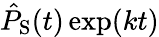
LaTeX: \hat{P}_{\mathrm{S}}(t)\exp(kt)